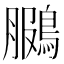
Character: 鵩